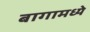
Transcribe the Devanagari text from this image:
बागामध्ये